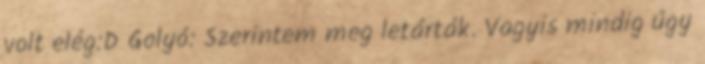
volt elég:D Golyó: Szerintem meg letárták. Vagyis mindig úgy